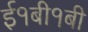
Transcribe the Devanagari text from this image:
ई१बी१बी